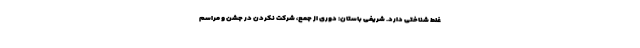
غلط شناختی دارد. شریفی باستان: دوری از جمع، شرکت نکردن در جشن و مراسم